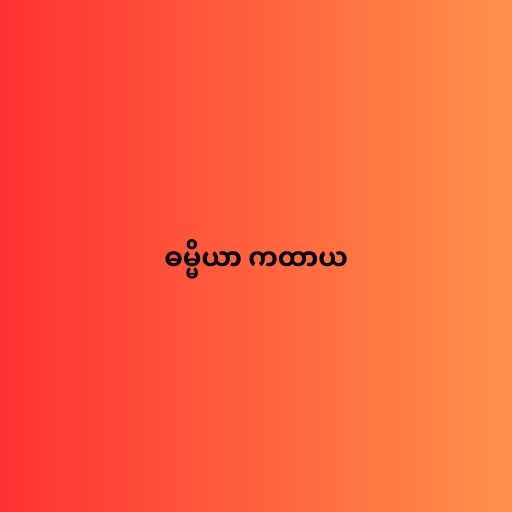
ဓမ္မိယာ ကထာယ